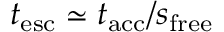
t _ { \mathrm { e s c } } \simeq t _ { \mathrm { a c c } } / s _ { \mathrm { f r e e } }